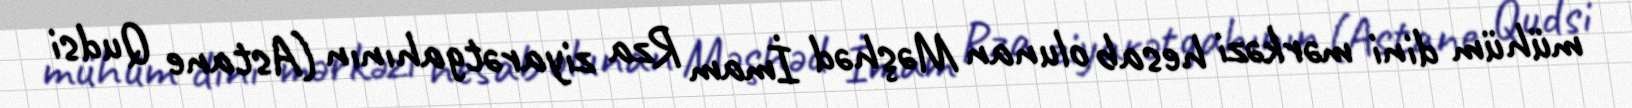
mühüm dini mərkəzi hesab olunan Məşhəd İmam Rza ziyarətgahının (Astane Qudsi